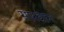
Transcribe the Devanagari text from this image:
सारवान